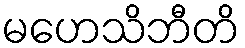
မဟေသိဘီတိ